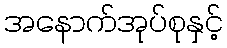
အနောက်အုပ်စုနှင့်